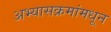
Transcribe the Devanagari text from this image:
अभ्यासक्रमांमधून